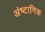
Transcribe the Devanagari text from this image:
अंष्टागिक